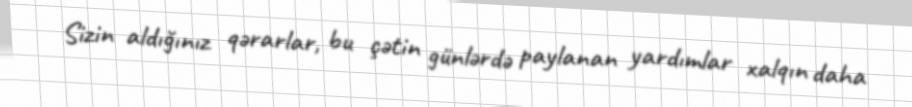
Sizin aldığınız qərarlar, bu çətin günlərdə paylanan yardımlar xalqın daha